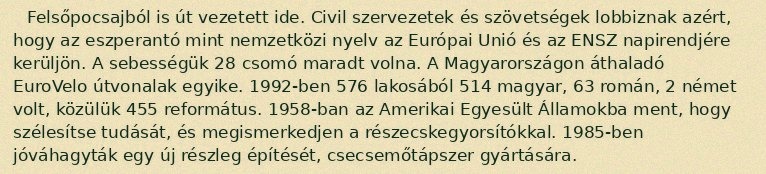
Felsőpocsajból is út vezetett ide. Civil szervezetek és szövetségek lobbiznak azért, hogy az eszperantó mint nemzetközi nyelv az Európai Unió és az ENSZ napirendjére kerüljön. A sebességük 28 csomó maradt volna. A Magyarországon áthaladó EuroVelo útvonalak egyike. 1992-ben 576 lakosából 514 magyar, 63 román, 2 német volt, közülük 455 református. 1958-ban az Amerikai Egyesült Államokba ment, hogy szélesítse tudását, és megismerkedjen a részecskegyorsítókkal. 1985-ben jóváhagyták egy új részleg építését, csecsemőtápszer gyártására.